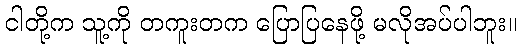
ငါတို့က သူ့ကို တကူးတက ပြောပြနေဖို့ မလိုအပ်ပါဘူး။